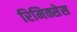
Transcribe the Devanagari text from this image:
रिमिक्सेस